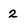
Character: 2